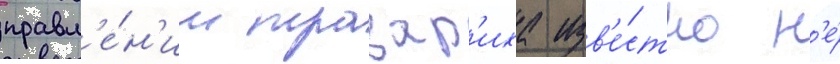
правл'е́н'ии тразар'иха изв'е́стно н'е́